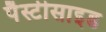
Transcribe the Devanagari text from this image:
पैस्टीसाइड